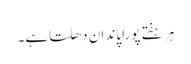
ہر ہفتے پورا پاندان دھلتاہے۔